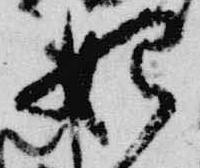
始